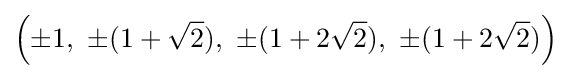
\left(\pm 1,\ \pm (1+{\sqrt {2}}),\ \pm (1+2{\sqrt {2}}),\ \pm (1+2{\sqrt {2}})\right)